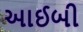
આઈબી